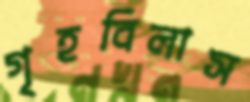
গৃহবিলাস